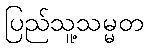
ပြည်သူ့သမ္မတ